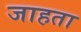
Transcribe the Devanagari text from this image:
जाहता